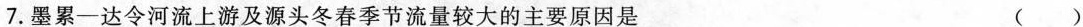
7.墨累—达令河流上游及源头冬春季节流量较大的主要原因是 ( )